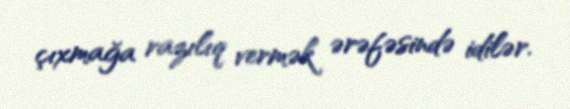
çıxmağa razılıq vermək ərəfəsində idilər.